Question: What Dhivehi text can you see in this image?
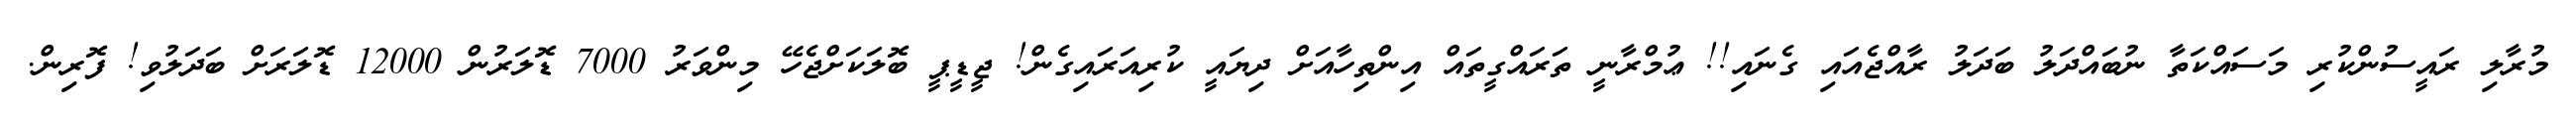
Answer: މުރާލި ރައީސުންކުރި މަސައްކަތާ ނުބައްދަލު ބަދަލު ރާއްޖެއައި ގެނައި!! ޢުމްރާނީ ތަރައްގީތައް އިންތިހާއަށް ދިޔައީ ކުރިއަރައިގެން! ޖީޑީޕީ ބޮލަކަށްޖެހޭ މިންވަރު 7000 ޑޮލަރުން 12000 ޑޮލަރަށް ބަދަލުވި! ފޮރިން.